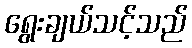
ရွေးချယ်သင့်သည်